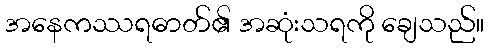
အနေကဿရဓာတ်၏ အဆုံးသရကို ချေသည်။